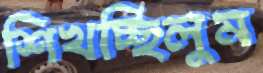
শিখচ্ছিলুম